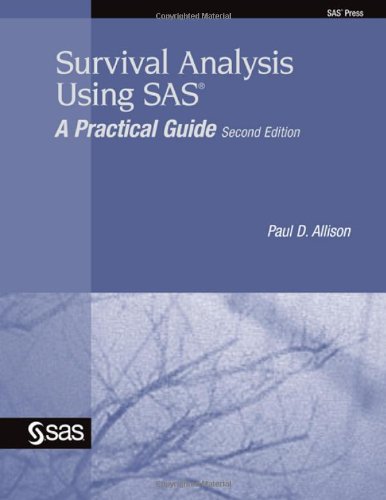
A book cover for Survival Analysis Using SAS: A Practical Guide, Second Edition; Paul D Allison; Computers & Technology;